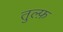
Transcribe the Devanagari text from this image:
तुल्फ़